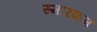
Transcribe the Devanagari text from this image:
स्मारकम